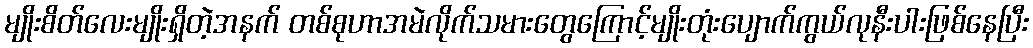
မျိုးစိတ်လေးမျိုးရှိတဲ့အနက် တစ်စုဟာအမဲလိုက်သမားတွေကြောင့်မျိုးတုံးပျောက်ကွယ်လုနီးပါးဖြစ်နေပြီး